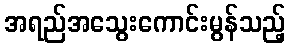
အရည်အသွေးကောင်းမွန်သည့်